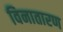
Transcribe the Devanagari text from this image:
विनातारण